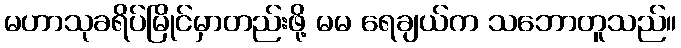
မဟာသုခရိပ်မြိုင်မှာတည်းဖို့ မမ ရေချယ်က သဘောတူသည်။